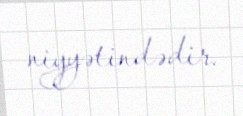
niyyətindədir.